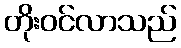
တိုးဝင်လာသည်